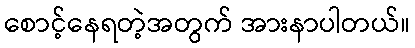
စောင့်နေရတဲ့အတွက် အားနာပါတယ်။